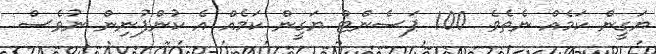
ޔަގީން ކަމެއް ނެތެވެ. 100 ޕަސެންޓް ޔަގީން ކަމެއް އެ ކުންފުނިން ނުވެސް